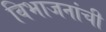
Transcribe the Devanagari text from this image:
विभाजनांची